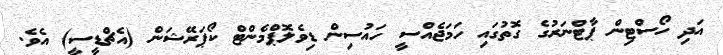
އަދި ހޯސްޓިން ޕާޓްނަރުގެ ގޮތުގައި ހަމަޖެއްސީ ހައުސިން ޑިވެލޮޕްމެންޓް ކޯޕަރޭޝަން (އެޗްޑީސީ) އެވެ.